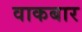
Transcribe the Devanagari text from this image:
वाकबार